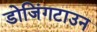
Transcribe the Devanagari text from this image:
डोजिंगटाउन